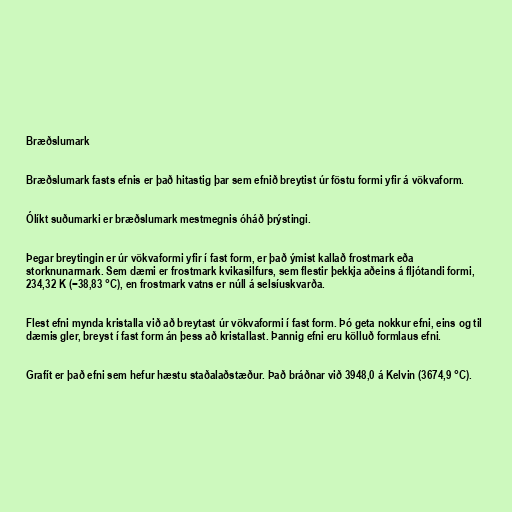
Bræðslumark

Bræðslumark fasts efnis er það hitastig þar sem efnið breytist úr föstu formi yfir á vökvaform.

Ólíkt suðumarki er bræðslumark mestmegnis óháð þrýstingi.

Þegar breytingin er úr vökvaformi yfir í fast form, er það ýmist kallað frostmark eða
storknunarmark. Sem dæmi er frostmark kvikasilfurs, sem flestir þekkja aðeins á fljótandi formi,
234,32 K (−38,83 °C), en frostmark vatns er núll á selsíuskvarða.

Flest efni mynda kristalla við að breytast úr vökvaformi í fast form. Þó geta nokkur efni, eins og til
dæmis gler, breyst í fast form án þess að kristallast. Þannig efni eru kölluð formlaus efni.

Grafít er það efni sem hefur hæstu staðalaðstæður. Það bráðnar við 3948,0 á Kelvin (3674,9 °C).